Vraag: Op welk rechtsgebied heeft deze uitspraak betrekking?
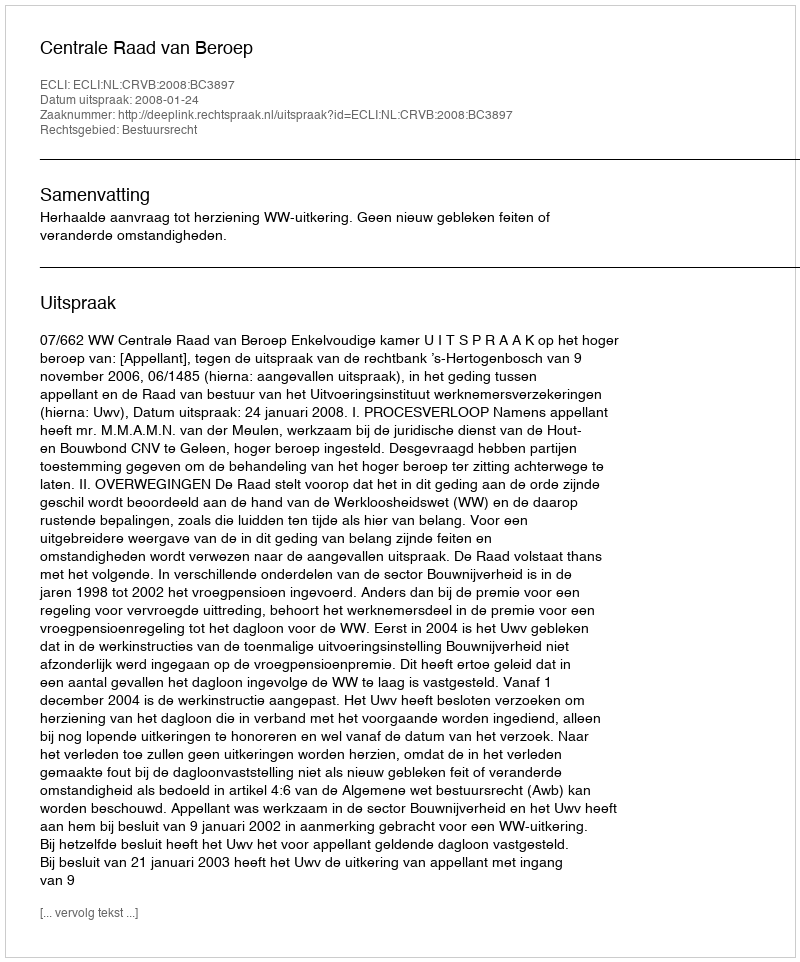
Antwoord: Bestuursrecht